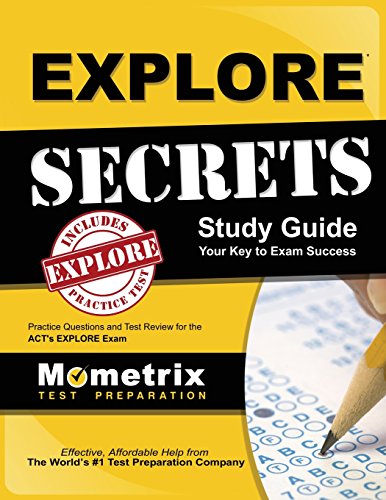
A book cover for EXPLORE Secrets Study Guide: Practice Questions and Test Review for the ACT's EXPLORE Exam; EXPLORE Exam Secrets Test Prep Staff; Test Preparation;